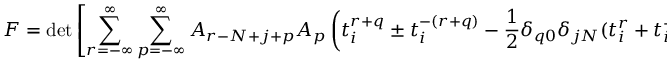
{ \cal F } = \operatorname * { d e t } \left[ \sum _ { r = - { \infty } } ^ { \infty } \sum _ { p = - { \infty } } ^ { \infty } A _ { r - N + j + p } A _ { p } \left( t _ { i } ^ { r + q } \pm t _ { i } ^ { - ( r + q ) } - \frac { 1 } { 2 } \delta _ { q 0 } \delta _ { j N } ( t _ { i } ^ { r } + t _ { i } ^ { - r } ) \right) \right] .